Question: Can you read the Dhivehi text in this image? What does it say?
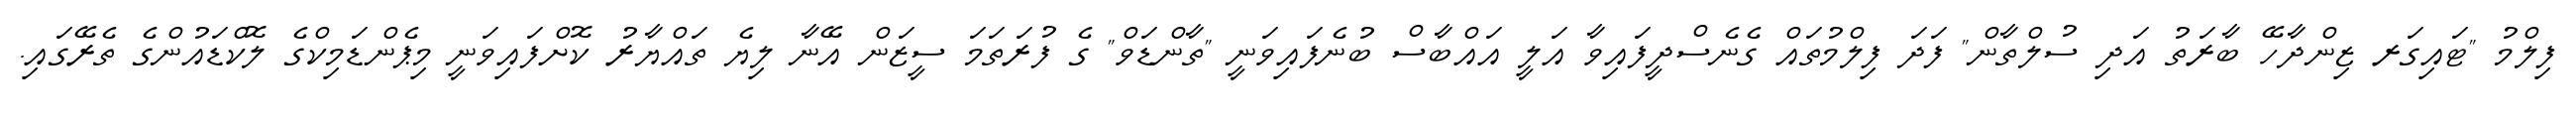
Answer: ފިލްމު "ޓައިގަރ ޒިންދާހޭ ބާރަތު އަދި ސުލްތާން" ފަދަ ފިލްމުތައް ގެނެސްދީފައިވާ އަލީ އައްބާސް ބުނެފައިވަނީ "ތާންޑަވް" ގެ ފުރަތަމަ ސީޒަން އޭނާ ލިޔެ ތައްޔާރު ކޮށްފައިވަނީ މިޕެންޑަމިކްގެ ލޮކްޑައުންގެ ތެރޭގައި.